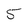
Character: 5